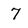
Character: 7